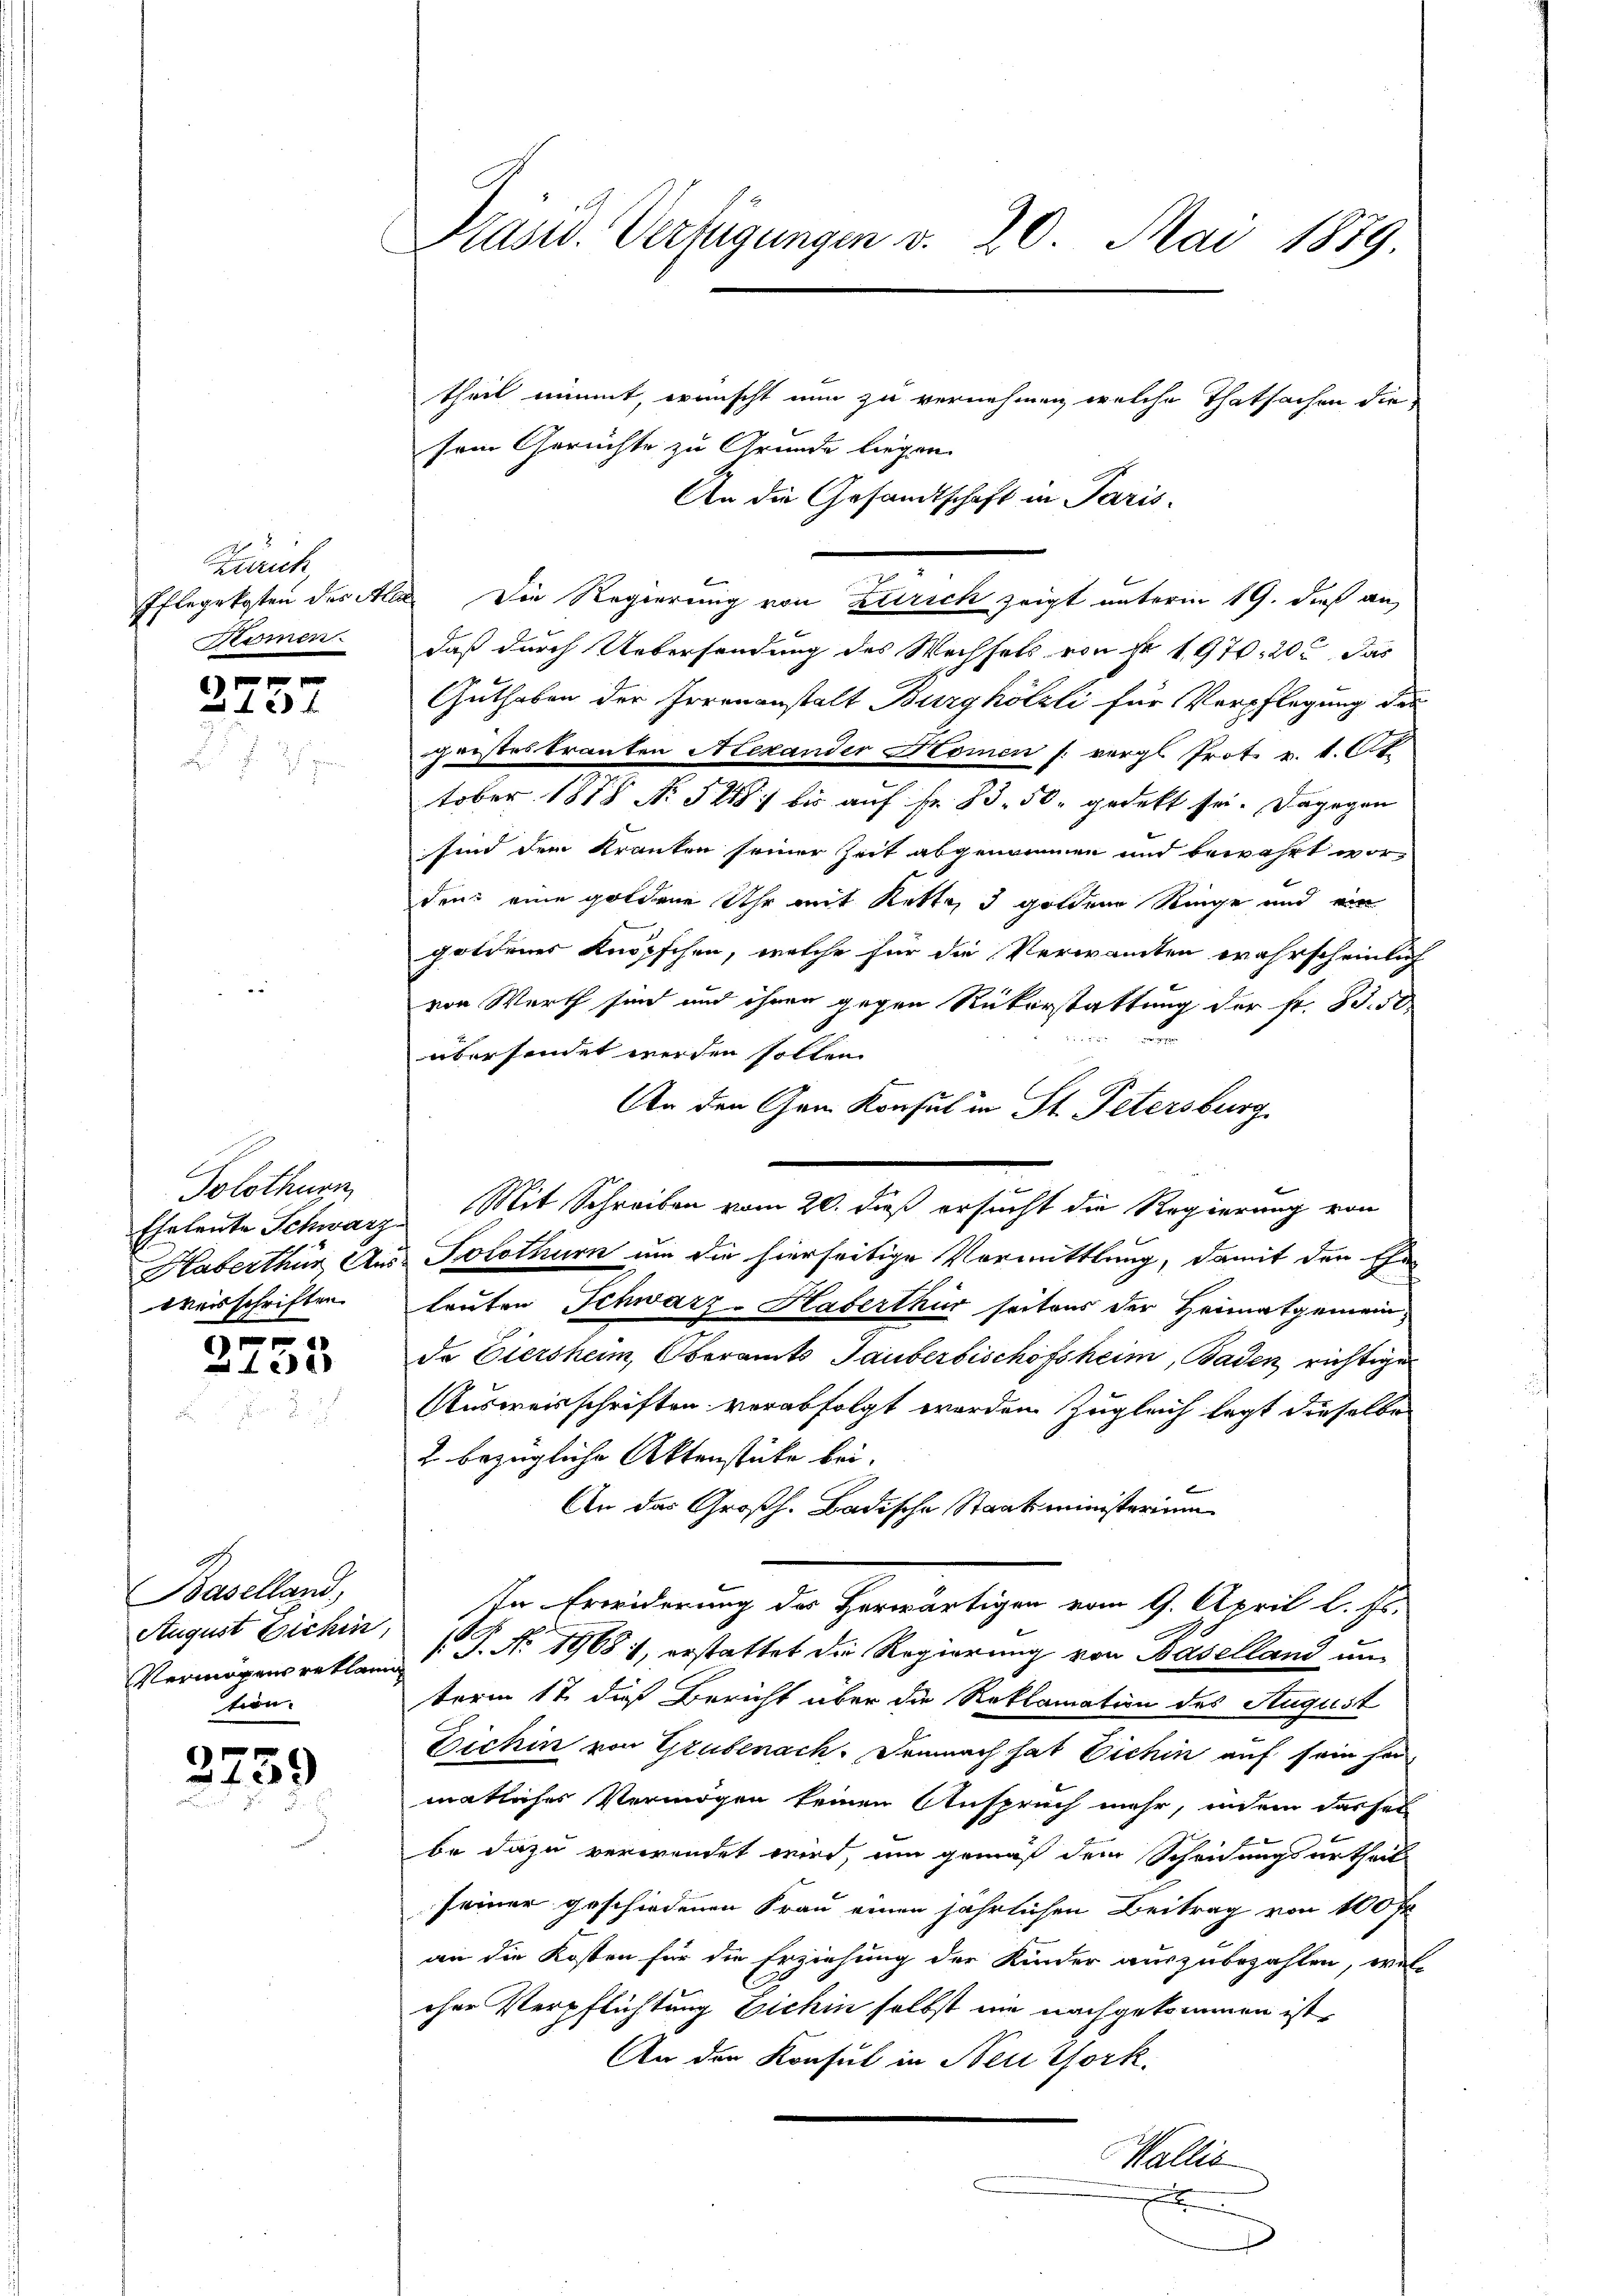
Zürich
Romen.

x 2 x
xx

Solothurn,
Weisschriften

)
e

Baselland,
August Dichin,
tion.

)
459

Präsid. Verfügungen v. 20. Mai 1889.
theil nimmt, wünscht nun zu vernehmen, welche Thatsachen die
sein Gerichte zu Grunde liegen.

An die Gesandtschaft in Paris.
Pflegekosten des Alle. Die Regierung von Zürich zeigt unterm 19. dieß an,
daß durch Uebersendung des Wechsels von Fr. 1970. 205 das
Guthaben der Irrenanstalt Burghölzli für Verpflegung des
geistes tranten Alexander Homen s. vergl. Prot. v. 1. Ok
tober 1878 N. 521 bis auf Fr. Bd. 50. gedekt sei. Dagegen
sind dem Kranten seiner Zeit abgenommen und bewahrt worden: eine goldene Uhr mit Kette 3 goldene Ringe und ein
goldener Knöpfchen, welche für die Verwanten wahrscheinlich
von Werth sind und ihnen gegen Rükerstattung der fr. Bd. 50
au
übersendet werden sollen.
An den Gan Konsul in St. Petersburg
Eheleute Schwarz. Mit Schreiben vom 20. dieß ersucht die Regierung von
Haberthür Aus Solothurn um die hierseitige Vormittlung, damit den Ehe
leuten Schwarz-Haverthur seitens der Heimatgemeinda Eiersheim, Oberamts Tauberbischofsheim, Baden richtige
Ausweisschriften verabfolgt worden Zugleich legt dieselbe
2 bezügliche Aktenstücke bei.
An das Großh. Badische Staatsministerium
In Erwiderung des Herwärtigen vom 9. April l. Js.
Vermögens reklami S. Nr. 1968 1, erstattet die Regierung von Baselland un-
term 17. dieß Bericht über die Reklamation des August
Zechin von Grubenach. Demnach hat Eichin auf sein her-
matliches Vermögen keinen Anspruch mehr, indem dassel
be dazu verwendet wird, um gemäß dem Scheidungsurtheil
seiner geschiedenen Frau einen jährlichen Beitrag von 100 fr
an die Kosten für die Erziehung der Kinder auszubezahlen, wel-
cher Verpflichtung Eichin selbst nie nachgekommen ist,
An den Konsul in Neu Efork.
Wallis